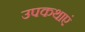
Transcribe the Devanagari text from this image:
उपकथाएं